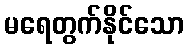
မရေတွက်နိုင်သော